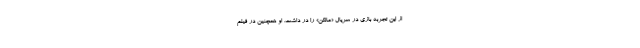
از این تجربه بازی در سریال «مانکن» را در داشت. او همچنین در فیلم